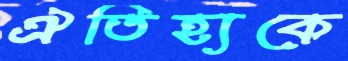
ঐতিহ্যকে